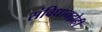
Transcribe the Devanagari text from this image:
संविधानद्रोही